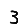
Digit: 3